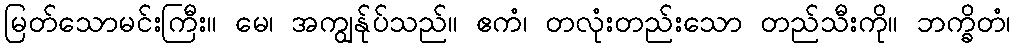
မြတ်သောမင်းကြီး။ မေ၊ အကျွန်ုပ်သည်။ ဧကံ၊ တလုံးတည်းသော တည်သီးကို။ ဘက္ခိတံ၊